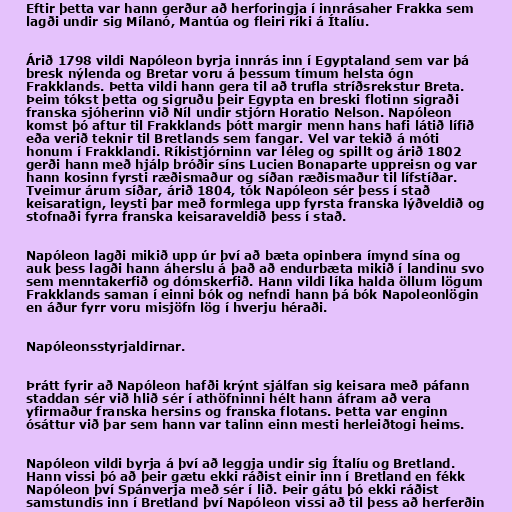
Eftir þetta var hann gerður að herforingja í innrásaher Frakka sem
lagði undir sig Mílanó, Mantúa og fleiri ríki á Ítalíu.

Árið 1798 vildi Napóleon byrja innrás inn í Egyptaland sem var þá
bresk nýlenda og Bretar voru á þessum tímum helsta ógn
Frakklands. Þetta vildi hann gera til að trufla stríðsrekstur Breta.
Þeim tókst þetta og sigruðu þeir Egypta en breski flotinn sigraði
franska sjóherinn við Níl undir stjórn Horatio Nelson. Napóleon
komst þó aftur til Frakklands þótt margir menn hans hafi látið lífið
eða verið teknir til Bretlands sem fangar. Vel var tekið á móti
honum í Frakklandi. Ríkistjórninn var léleg og spillt og árið 1802
gerði hann með hjálp bróðir síns Lucien Bonaparte uppreisn og var
hann kosinn fyrsti ræðismaður og síðan ræðismaður til lífstíðar.
Tveimur árum síðar, árið 1804, tók Napóleon sér þess í stað
keisaratign, leysti þar með formlega upp fyrsta franska lýðveldið og
stofnaði fyrra franska keisaraveldið þess í stað.

Napóleon lagði mikið upp úr því að bæta opinbera ímynd sína og
auk þess lagði hann áherslu á það að endurbæta mikið í landinu svo
sem menntakerfið og dómskerfið. Hann vildi líka halda öllum lögum
Frakklands saman í einni bók og nefndi hann þá bók Napoleonlögin
en áður fyrr voru misjöfn lög í hverju héraði.

Napóleonsstyrjaldirnar.

Þrátt fyrir að Napóleon hafði krýnt sjálfan sig keisara með páfann
staddan sér við hlið sér í athöfninni hélt hann áfram að vera
yfirmaður franska hersins og franska flotans. Þetta var enginn
ósáttur við þar sem hann var talinn einn mesti herleiðtogi heims.

Napóleon vildi byrja á því að leggja undir sig Ítalíu og Bretland.
Hann vissi þó að þeir gætu ekki ráðist einir inn í Bretland en fékk
Napóleon því Spánverja með sér í lið. Þeir gátu þó ekki ráðist
samstundis inn í Bretland því Napóleon vissi að til þess að herferðin